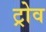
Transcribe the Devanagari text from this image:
ट्रोव